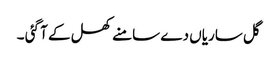
گل ساریاں دے سامنے کھل کے آ گئی ۔